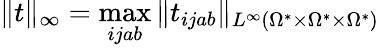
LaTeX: \| t\| _{\infty}=\operatorname*{max}_{ijab}\| t_{ijab}\| _{L^{\infty}(\Omega^{*}\times\Omega^{*}\times\Omega^{*})}